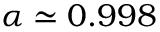
\alpha \simeq 0 . 9 9 8